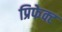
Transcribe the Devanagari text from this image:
प्रिफेक्ट